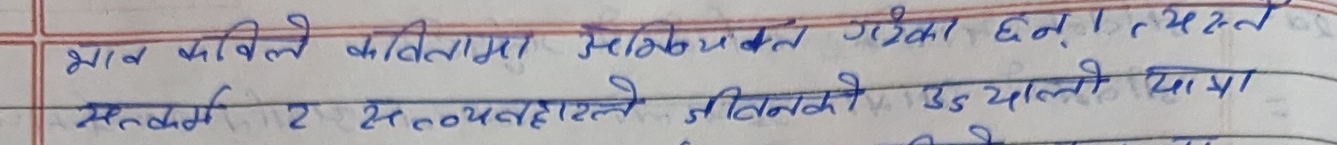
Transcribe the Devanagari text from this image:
भाव कविले कवितामा समीपयुक्त गरेका छन् । त्यसले
सन्दर्भ र सत्यताले जीवनको उच यात्रा